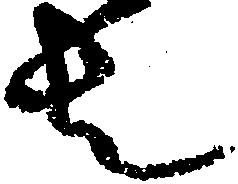
者